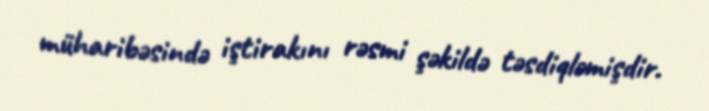
müharibəsində iştirakını rəsmi şəkildə təsdiqləmişdir.